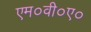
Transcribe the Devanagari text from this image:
एम०वी०ए०